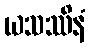
ယသဿိနံ